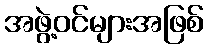
အဖွဲ့ဝင်များအဖြစ်